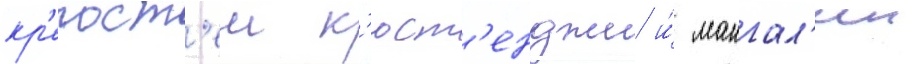
кр'епост'еи к'юст'енджи и́ мангал'ии